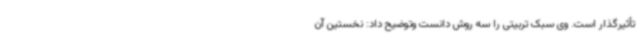
تأثیرگذار است. وی سبک تربیتی را سه روش دانست وتوضیح داد: نخستین آن